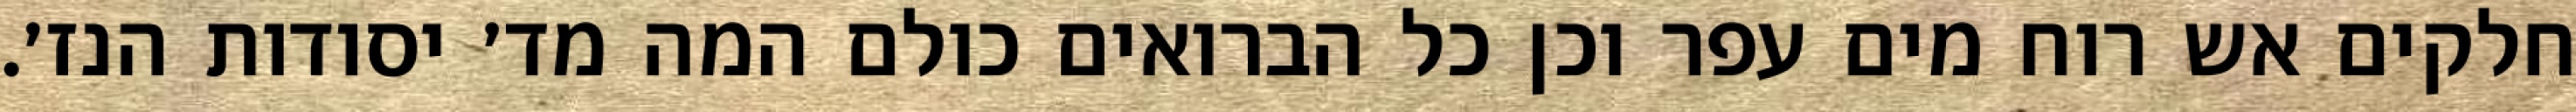
חלקים אש רוח מים עפר וכן כל הברואים כולם המה מד׳ יסודות הנז׳.